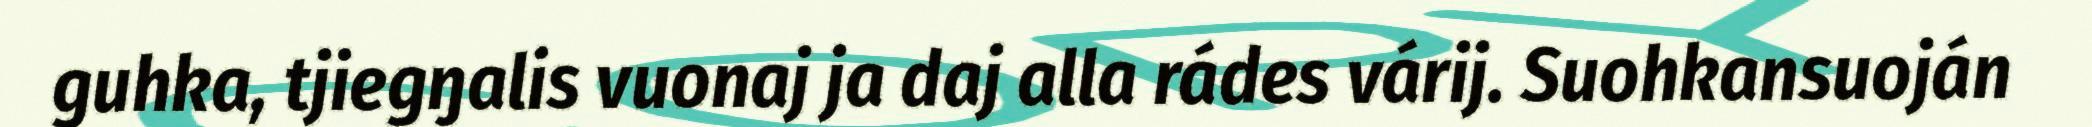
guhka, tjiegŋalis vuonaj ja daj alla rádes várij. Suohkansuoján